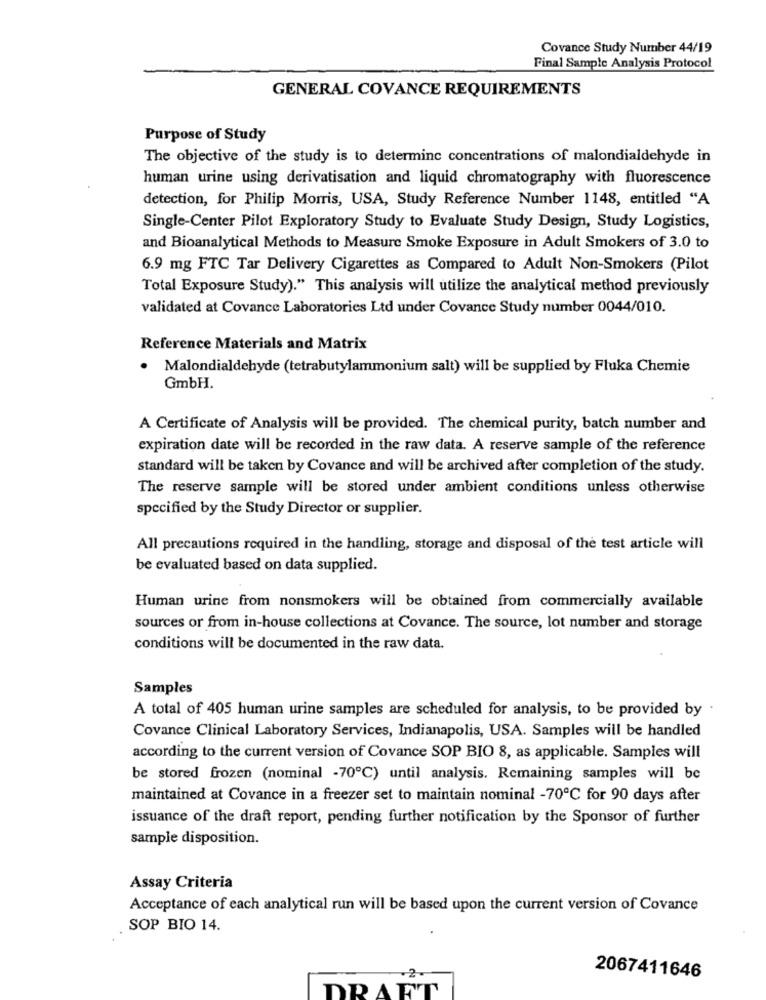
Covance Study Number 44/19
Final Sample Analysis Protocol
GENERAL COVANCE REQUIREMENTS
Purpose of Study
The objective of the study is to determine concentrations of malondialdehyde in
human urine using derivatisation and liquid chromatography with fluorescence
detection, for Philip Morris, USA, Study Reference Number 1148, entitled "A
Single-Center Pilot Exploratory Study to Evaluate Study Design, Study Logistics,
and Bioanalytical Methods to Measure Smoke Exposure in Adult Smokers of 3.0 to
6.9 mg FTC Tar Delivery Cigarettes as Compared to Adult Non-Smokers (Pilot
Total Exposure Study)." This analysis will utilize the analytical method previously
validated at Covance Laboratories Ltd under Covance Study number 0044/010.
Reference Materials and Matrix
· Malondialdehyde (tetrabutylammonium salt) will be supplied by Fluka Chemie
GmbH.
A Certificate of Analysis will be provided. The chemical purity, batch number and
expiration date will be recorded in the raw data. A reserve sample of the reference
standard will be taken by Covance and will be archived after completion of the study.
The reserve sample will be stored under ambient conditions unless otherwise
specified by the Study Director or supplier.
All precautions required in the handling, storage and disposal of the test article will
be evaluated based on data supplied.
Human urine from nonsmokers will be obtained from commercially available
sources or from in-house collections at Covance. The source, lot number and storage
conditions will be documented in the raw data.
Samples
A total of 405 human urine samples are scheduled for analysis, to be provided by
Covance Clinical Laboratory Services, Indianapolis, USA. Samples will be handled
according to the current version of Covance SOP BIO 8, as applicable. Samples will
be stored frozen (nominal -70℃) until analysis. Remaining samples will be
maintained at Covance in a freezer set to maintain nominal -70℃ for 90 days after
issuance of the draft report, pending further notification by the Sponsor of further
sample disposition.
Assay Criteria
Acceptance of each analytical run will be based upon the current version of Covance
SOP BIO 14.
2067411646
DRAFT